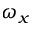
\omega _ { x }